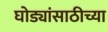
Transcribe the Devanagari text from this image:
घोड्यांसाठीच्या